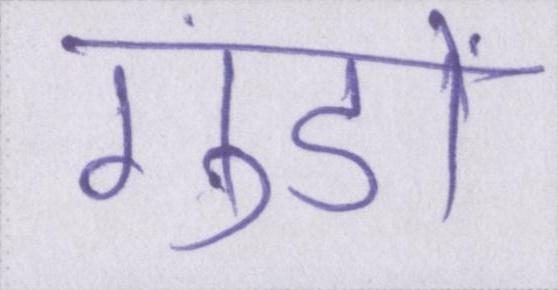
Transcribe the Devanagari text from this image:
गुंडों